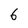
Character: 6